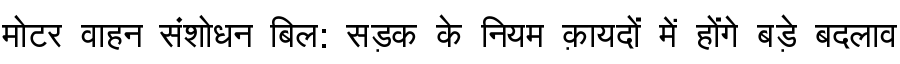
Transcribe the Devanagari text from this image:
मोटर वाहन संशोधन बिल: सड़क के नियम क़ायदों में होंगे बड़े बदलाव